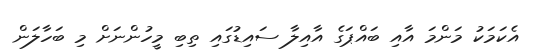
އެކަމަކު މަންމަ އާއި ބައްޕަގެ އާއިލާ ސައިޑުގައި ތިބި މީހުންނަށް މި ބަހާލަން